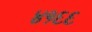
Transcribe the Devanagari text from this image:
४१६६